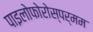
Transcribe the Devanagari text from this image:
पाइलोफोरोस्पर्मम